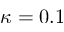
\kappa = 0 . 1